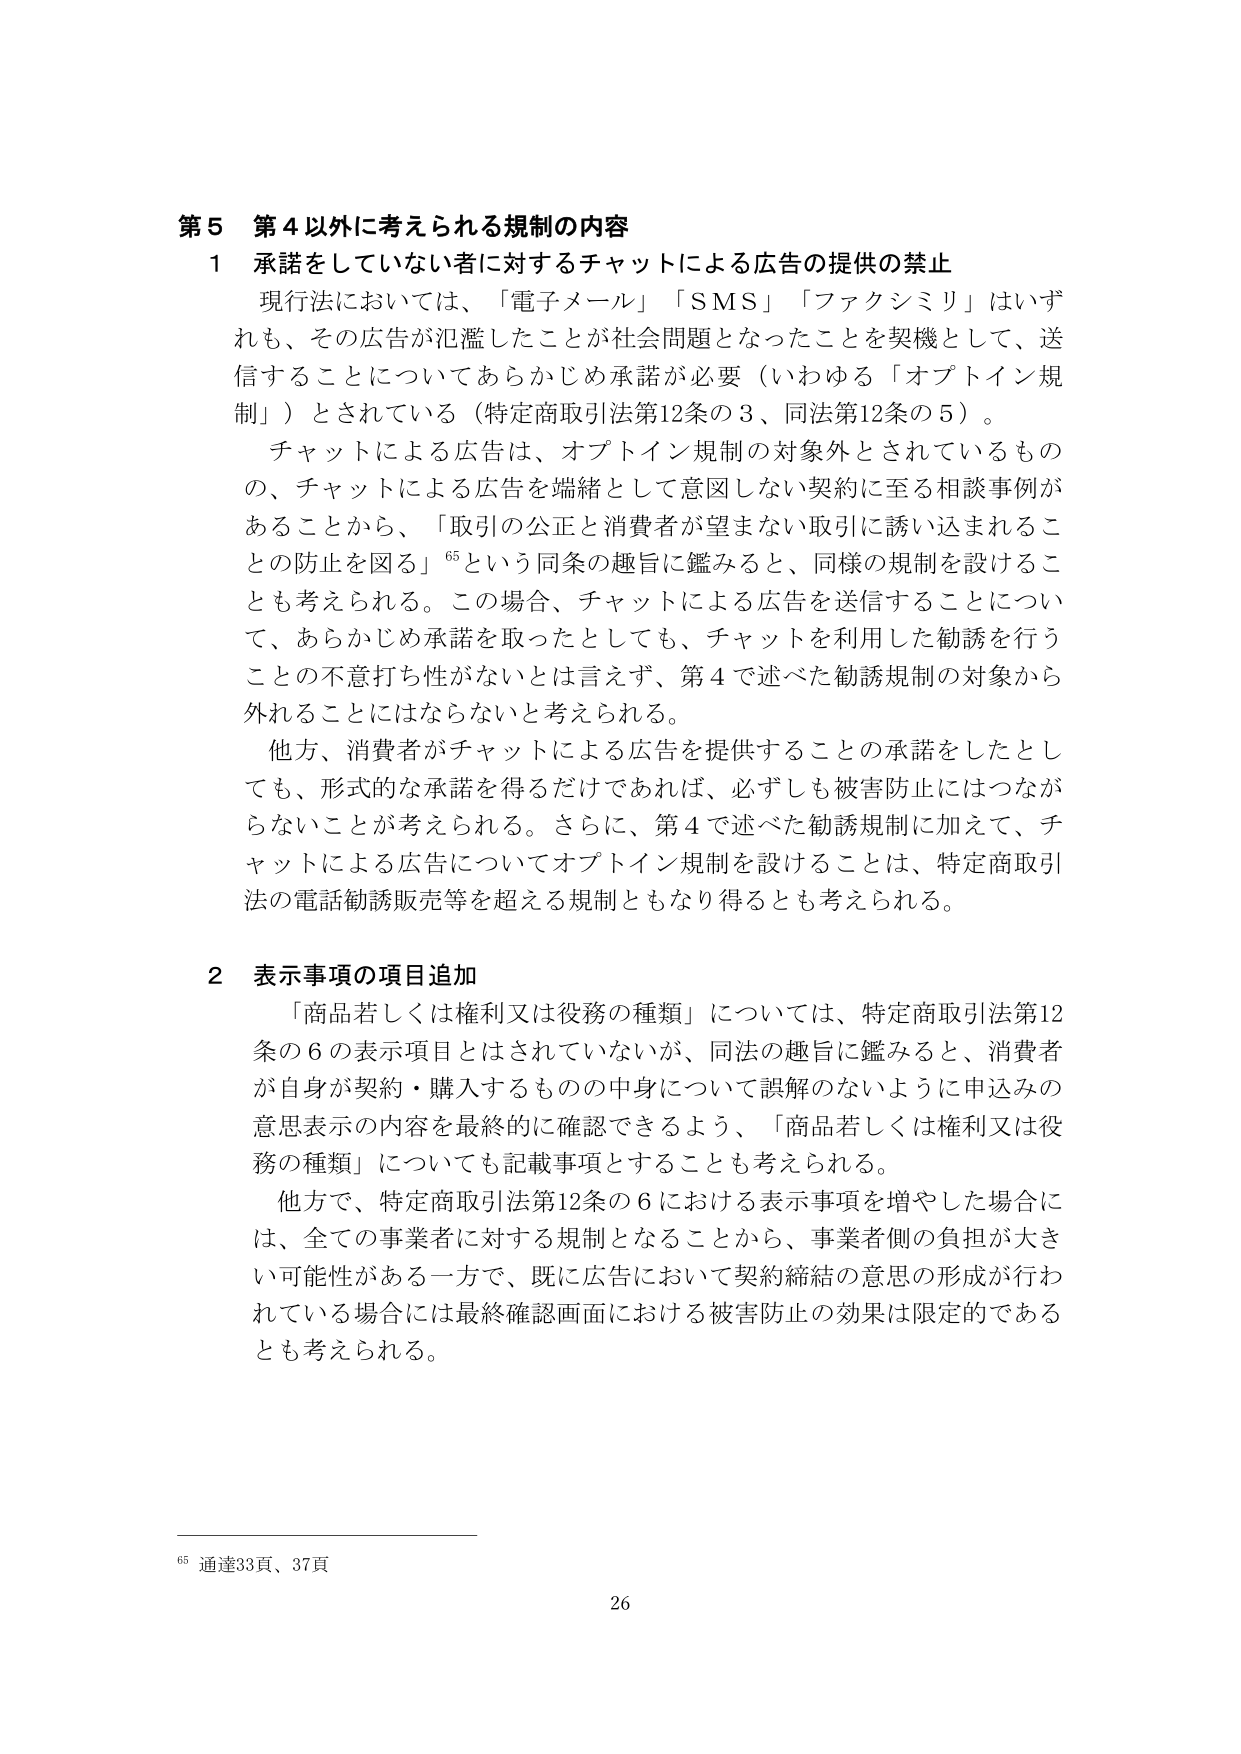
第５ 第４以外に考えられる規制の内容
１ 承諾をしていない者に対するチャットによる広告の提供の禁止
現行法においては、「電子メール」「SMS」「ファクシミリ」はいずれも、その広告が氾濫したことが社会問題となったことを契機として、送信することについてあらかじめ承諾が必要（いわゆる「オプトイン規制」）とされている（特定商取引法第12条の３、同法第12条の５）。
チャットによる広告は、オプトイン規制の対象外とされているものの、チャットによる広告を端緒として意図しない契約に至る相談事例があることから、「取引の公正と消費者が望まない取引に誘い込まれることの防止を図る」⁶⁵という同条の趣旨に鑑みると、同様の規制を設けることも考えられる。この場合、チャットによる広告を送信することについて、あらかじめ承諾を取ったとしても、チャットを利用した勧誘を行うことの不意打ち性がないとは言えず、第４で述べた勧誘規制の対象から外れることにはならないと考えられる。
他方、消費者がチャットによる広告を提供することの承諾をしたとしても、形式的な承諾を得るだけであれば、必ずしも被害防止にはつながらないことが考えられる。さらに、第４で述べた勧誘規制に加えて、チャットによる広告についてオプトイン規制を設けることは、特定商取引法の電話勧誘販売等を超える規制ともなり得るとも考えられる。

２ 表示事項の項目追加
「商品若しくは権利又は役務の種類」については、特定商取引法第12条の６の表示項目とはされていないが、同法の趣旨に鑑みると、消費者が自身が契約・購入するものの中身について誤解のないように申込みの意思表示の内容を最終的に確認できるよう、「商品若しくは権利又は役務の種類」についても記載事項とすることも考えられる。
他方で、特定商取引法第12条の６における表示事項を増やした場合には、全ての事業者に対する規制となることから、事業者側の負担が大きい可能性がある一方で、既に広告において契約締結の意思の形成が行われている場合には最終確認画面における被害防止の効果は限定的であるとも考えられる。

⁶⁵ 通達33頁、37頁
26